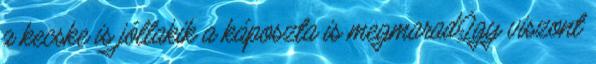
a kecske is jóllakik a káposzta is megmarad.Így viszont